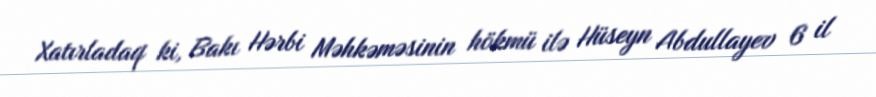
Xatırladaq ki, Bakı Hərbi Məhkəməsinin hökmü ilə Hüseyn Abdullayev 6 il